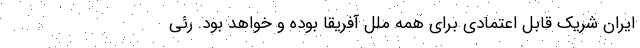
ایران شریک قابل اعتمادی برای همه ملل آفریقا بوده و خواهد بود. رئی